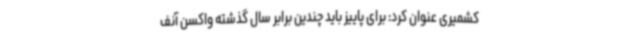
کشمیری عنوان کرد: برای پاییز باید چندین برابر سال گذشته واکسن آنف